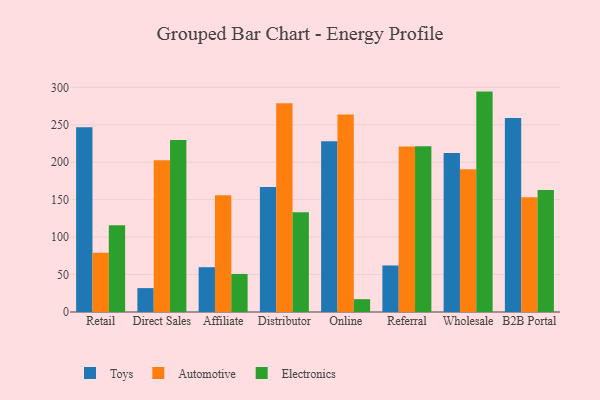
{"axis": {"x": "Channel", "y": "Market Share (%)"}, "legend": ["Automotive", "Electronics", "Toys"], "data": [{"x": "Retail", "y": 246.6, "type": "Toys"}, {"x": "Retail", "y": 79.0, "type": "Automotive"}, {"x": "Retail", "y": 115.9, "type": "Electronics"}, {"x": "Direct Sales", "y": 31.9, "type": "Toys"}, {"x": "Direct Sales", "y": 202.7, "type": "Automotive"}, {"x": "Direct Sales", "y": 229.8, "type": "Electronics"}, {"x": "Affiliate", "y": 59.8, "type": "Toys"}, {"x": "Affiliate", "y": 155.8, "type": "Automotive"}, {"x": "Affiliate", "y": 50.8, "type": "Electronics"}, {"x": "Distributor", "y": 166.8, "type": "Toys"}, {"x": "Distributor", "y": 278.7, "type": "Automotive"}, {"x": "Distributor", "y": 133.1, "type": "Electronics"}, {"x": "Online", "y": 228.0, "type": "Toys"}, {"x": "Online", "y": 263.6, "type": "Automotive"}, {"x": "Online", "y": 17.1, "type": "Electronics"}, {"x": "Referral", "y": 62.1, "type": "Toys"}, {"x": "Referral", "y": 220.9, "type": "Automotive"}, {"x": "Referral", "y": 221.3, "type": "Electronics"}, {"x": "Wholesale", "y": 212.3, "type": "Toys"}, {"x": "Wholesale", "y": 190.6, "type": "Automotive"}, {"x": "Wholesale", "y": 294.3, "type": "Electronics"}, {"x": "B2B Portal", "y": 259.2, "type": "Toys"}, {"x": "B2B Portal", "y": 153.3, "type": "Automotive"}, {"x": "B2B Portal", "y": 163.0, "type": "Electronics"}]}